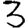
Digit: 3